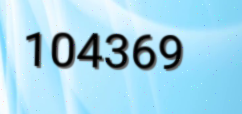
104369